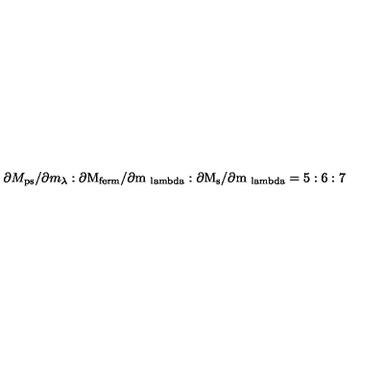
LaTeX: \partial M _ { \mathrm { p s } } / \partial m _ { \lambda } : \partial \mathrm { M _ { f e r m } / \partial m _ { \ l a m b d a } : \partial M _ { \mathrm { s } } / \partial m _ { \ l a m b d a } = 5 : 6 : 7 }